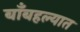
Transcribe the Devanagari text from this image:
बाँबहल्यात